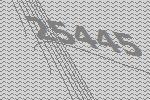
25445